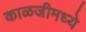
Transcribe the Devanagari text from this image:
काळजीमध्ये